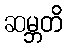
ဆမ္ဘတိ